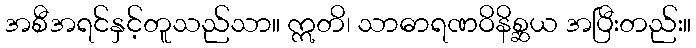
အစီအရင်နှင့်တူသည်သာ။ ဣတိ၊ သာဓာရဏဝိနိစ္ဆယ အပြီးတည်း။